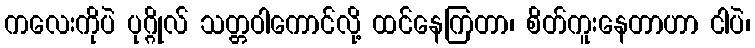
ကလေးကိုပဲ ပုဂ္ဂိုလ် သတ္တဝါကောင်လို့ ထင်နေကြတာ၊ စိတ်ကူးနေတာဟာ ငါပဲ၊